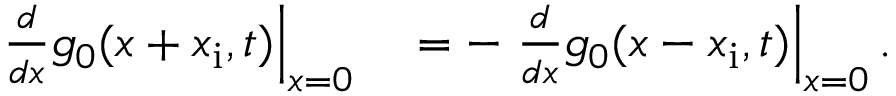
\begin{array} { r l } { \left. \frac { d } { d x } g _ { 0 } ( x + x _ { \mathrm { i } } , t ) \right| _ { x = 0 } } & { { } = - \left. \frac { d } { d x } g _ { 0 } ( x - x _ { \mathrm { i } } , t ) \right| _ { x = 0 } . } \end{array}